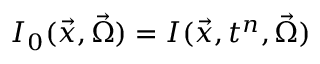
I _ { 0 } ( \vec { x } , \vec { \Omega } ) = I ( \vec { x } , t ^ { n } , \vec { \Omega } )